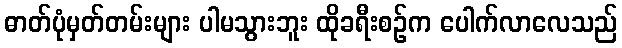
ဓာတ်ပုံမှတ်တမ်းများ ပါမသွားဘူး ထိုခရီးစဉ်က ပေါက်လာလေသည်